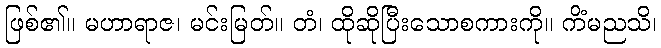
ဖြစ်၏။ မဟာရာဇ၊ မင်းမြတ်။ တံ၊ ထိုဆိုပြီးသောစကားကို။ ကိံမညသိ၊